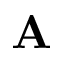
\mathbf { A }